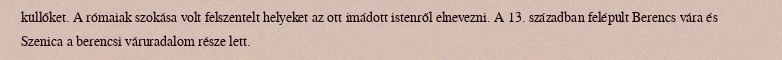
küllőket. A rómaiak szokása volt felszentelt helyeket az ott imádott istenről elnevezni. A 13. században felépült Berencs vára és Szenica a berencsi váruradalom része lett.